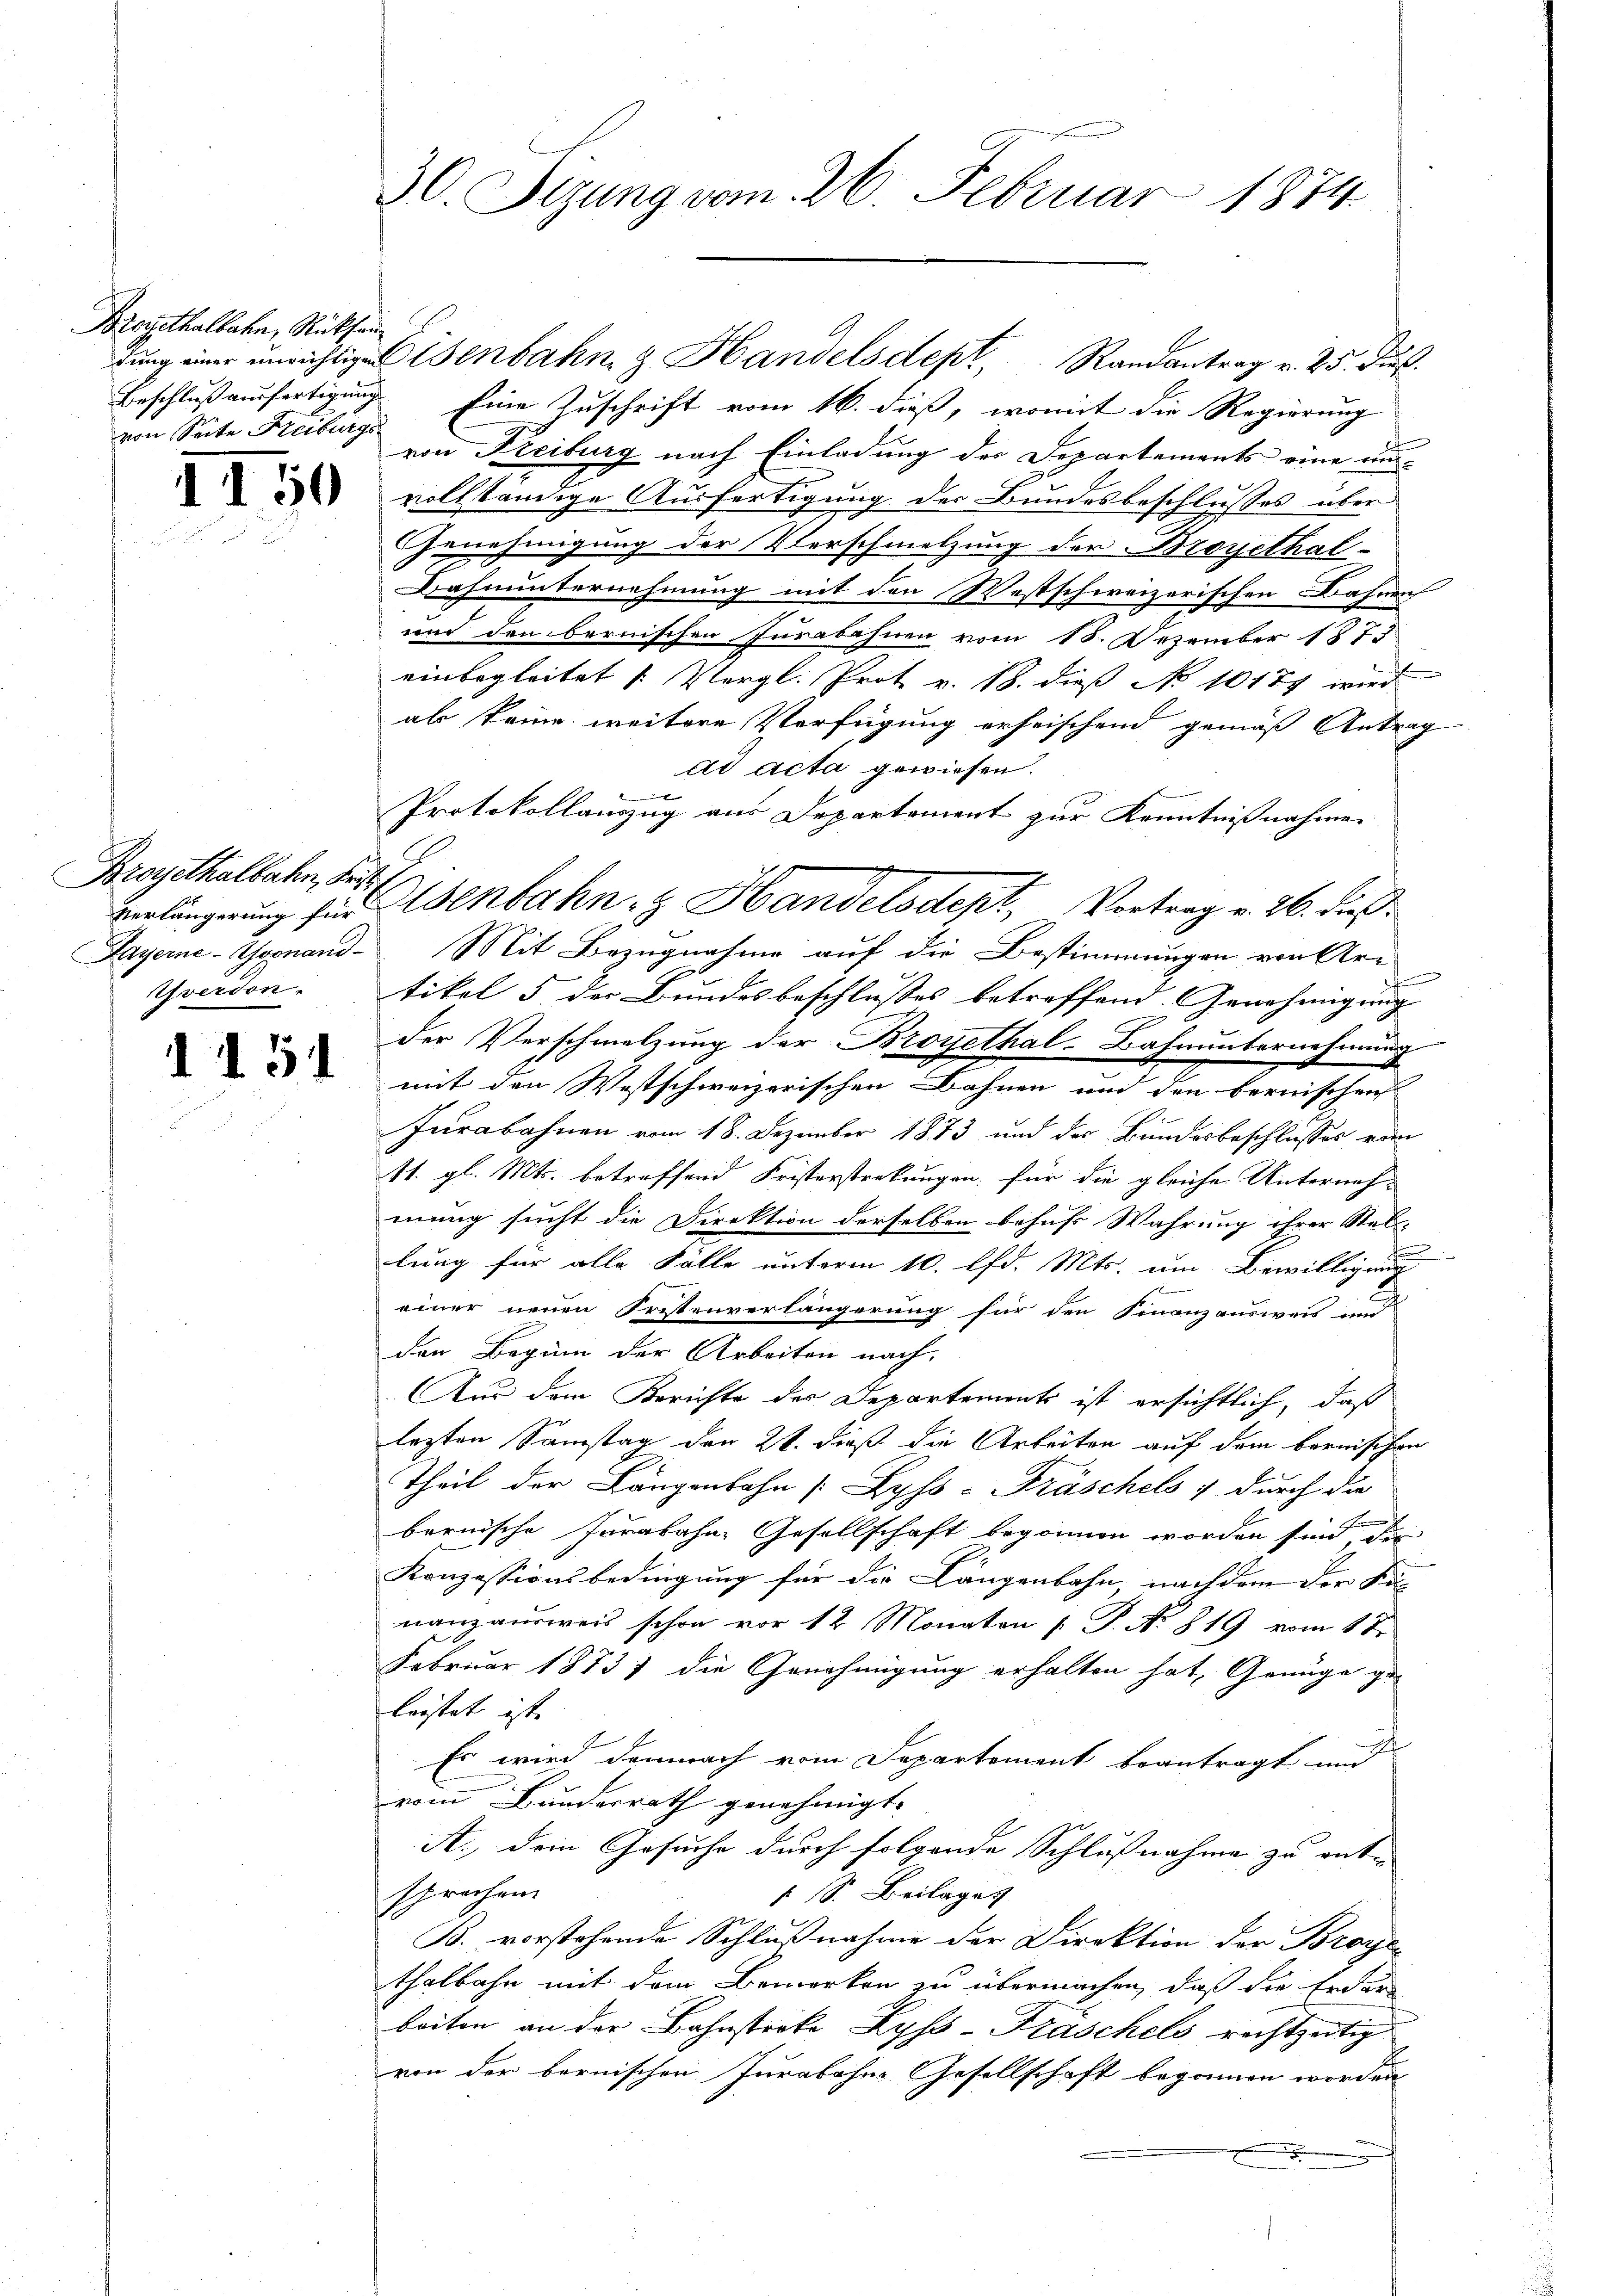
Brogithalbahn, Rücksenvon Seite Freiburgs

II50

Broyethalbahn, Krit

d I 51

30. Sizung vom 26. Februar 1874

Beschluß ausfertigung Eine Zuschrift vom 16. dieß, womit die Regierung
von Freiburg nach Einladung der Departements eine unvollständige Ausfertigung der Bundesbeschlusses über
Genehmigung der Verschmelzung der Broyethal
Dahnunternehmung mit den Westschweizerischen Bahnen
und den bernischen Jurabahnen vom 15. Dezember 1875
einbegleitet (Vergl. Prot v. 18. dieß No 1018 wird
als keine weitere Verfügung erfrischend gemäß Antrag
ad acta gewiesen.
K
Protokollauszug aus Departement zur Kenntnißnahmen
Layerne-Gognand Mit Bezugnahme auf die Bestimmungen von Ar¬
Yverdon. tikel 5 der Bundesbeschlusses betreffend. Genehmigung
der Verschmelzung der Broyethal-Bahnunternehmung
mit den Westschweizerischen Bahnen und den bernischen
Jurabahnen vom 18. Dezember 1873 und der Bundesbeschlusses vom
11. gl. Mts. betreffend Fristerstrekungen, für die gleiche Unternah-
mung sucht die Direktion derselben behufs Wahrung ihrer Stel-
F
u
lung für alle Fälle unterm 10. lfd. Mts. um Bewilligung
einer neuen Fristenverlängerung für den Finanzausweis un
den Beginn der Arbeiten nach
Aus dem Berichte des Departements ist ersichtlich, daß
lezten Samstag den 21. dieß die Arbeiten auf dem bernischen
Theil der Längenbahn [Zyss-Fräschels & durch die
bernische Jurabahn, Gesellschaft begonnen worden sind, die
Konzessionsbedingung für die Längenbahn, nachdem der Se
nanzausweis schon vor 12 Monaton P. No 819 vom 1 te
Februar 18737 die Genehmigung erhalten hat, Genüge ge-
leistet ist. |
Es wird demnach vom Departement beantragt und
vom Bundesrath genehmigt.
A., dein Gesuche durch folgende Schlußnahme zu entsprochen
 S. Beilages
B. vorstehende Schlußnahme der Direktion der Broye
thalbahn mit dem Bemerken zu übermachen, daß die Erden
beiten an der Bahnstreke Lyss-Fräschels rechtzeitig
von der bernischen Jurabohne Gesellschaft begonnen worden

dung einer unrichtige Eisenbahn & Handelsdept, Randantrag v. 25. dieß.

verlängerung für Adenbahn- & Handelsdept, Vortrag v. 26. dieß¬